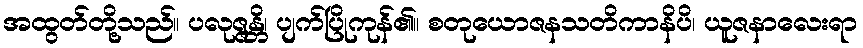
အထွတ်တို့သည်။ ပလုဇ္ဇန္တိ၊ ပျက်ပြိုကုန်၏။ စတုယောဇနသတိကာနိပိ၊ ယူဇနာလေးရာ